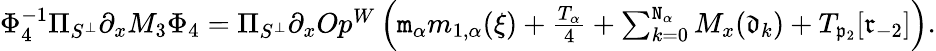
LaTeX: \begin{array}{r}{\Phi_{4}^{-1}\Pi_{S^{\perp}}\partial_{x}M_{3}\Phi_{4}=\Pi_{S^{\perp}}\partial_{x}Op^{W}\left(\mathtt{m}_{\alpha}m_{1,\alpha}(\xi)+\frac{T_{\alpha}}4+\sum_{k=0}^{\mathtt{N}_{\alpha}}M_{x}(\mathfrak{d}_{k})+T_{\mathfrak{p}_{2}}[\mathfrak{r}_{-2}]\right).}\end{array}